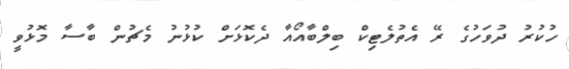
ހުކުރު ދުވަހުގެ ރޭ އެތުލެޓިކް ބިލްބާއޯއާ ދެކޮޅަށް ކުޅުނު މެޗުން ބާސާ މޮޅުވީ